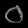
Digit: ၀